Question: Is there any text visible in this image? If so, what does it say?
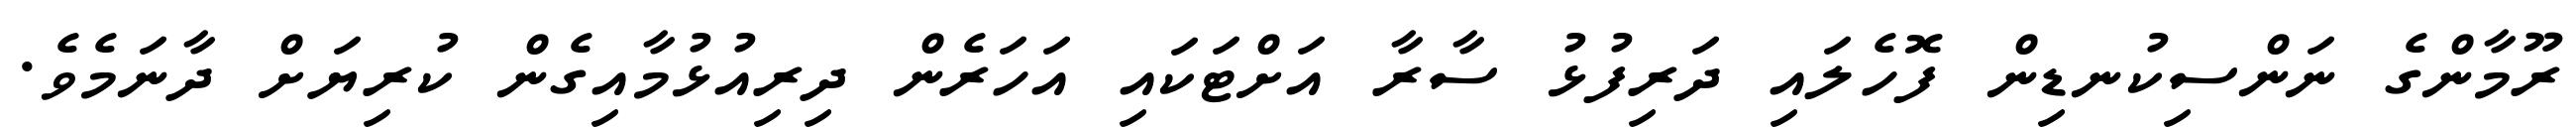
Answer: ރޫމާންގެ ނަންސިކުނޑިން ފޮހެލައި ދަރިފުޅު ސާރާ އަށްޓަކައި އަހަރެން ދިރިއުޅުމާއިގެން ކުރިޔަށް ދާނަމެވެ.